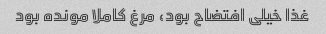
غذا خیلی افتضاح بود، مرغ کاملا مونده بود